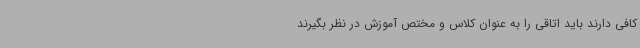
کافی دارند باید اتاقی را به عنوان کلاس و مختص آموزش در نظر بگیرند